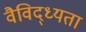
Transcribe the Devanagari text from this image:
वैविद्ध्यता